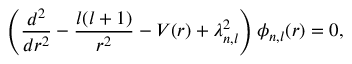
\left( \frac { d ^ { 2 } } { d r ^ { 2 } } - \frac { l ( l + 1 ) } { r ^ { 2 } } - V ( r ) + \lambda _ { n , l } ^ { 2 } \right) \phi _ { n , l } ( r ) = 0 ,